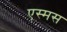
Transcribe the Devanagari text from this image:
एस्मस